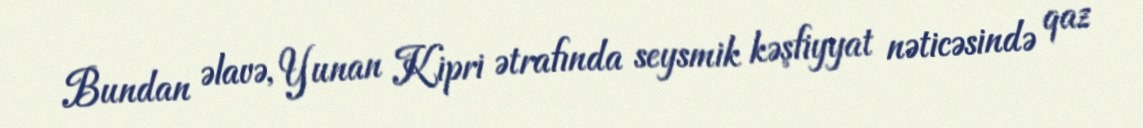
Bundan əlavə, Yunan Kipri ətrafında seysmik kəşfiyyat nəticəsində qaz